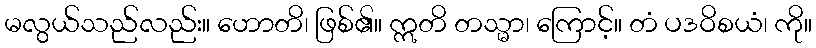
မလွယ်သည်လည်း။ ဟောတိ၊ ဖြစ်၏။ ဣတိ တသ္မာ၊ ကြောင့်။ တံ ပဒဝိစယံ၊ ကို။